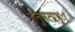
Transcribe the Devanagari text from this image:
हनुमत्प्रभुः।